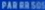
PAR LE SOIR